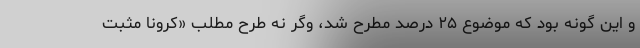
و این گونه بود که موضوع ۲۵ درصد مطرح شد، وگر نه طرح مطلب «کرونا مثبت